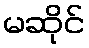
မဆိုင်